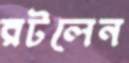
রটলেন